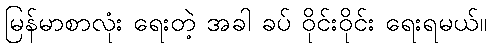
မြန်မာစာလုံး ရေးတဲ့ အခါ ခပ် ဝိုင်းဝိုင်း ရေးရမယ်။